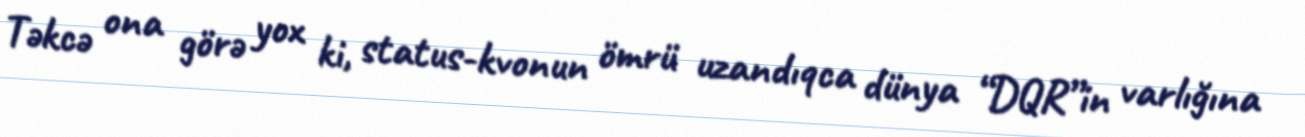
Təkcə ona görə yox ki, status-kvonun ömrü uzandıqca dünya “DQR”in varlığına